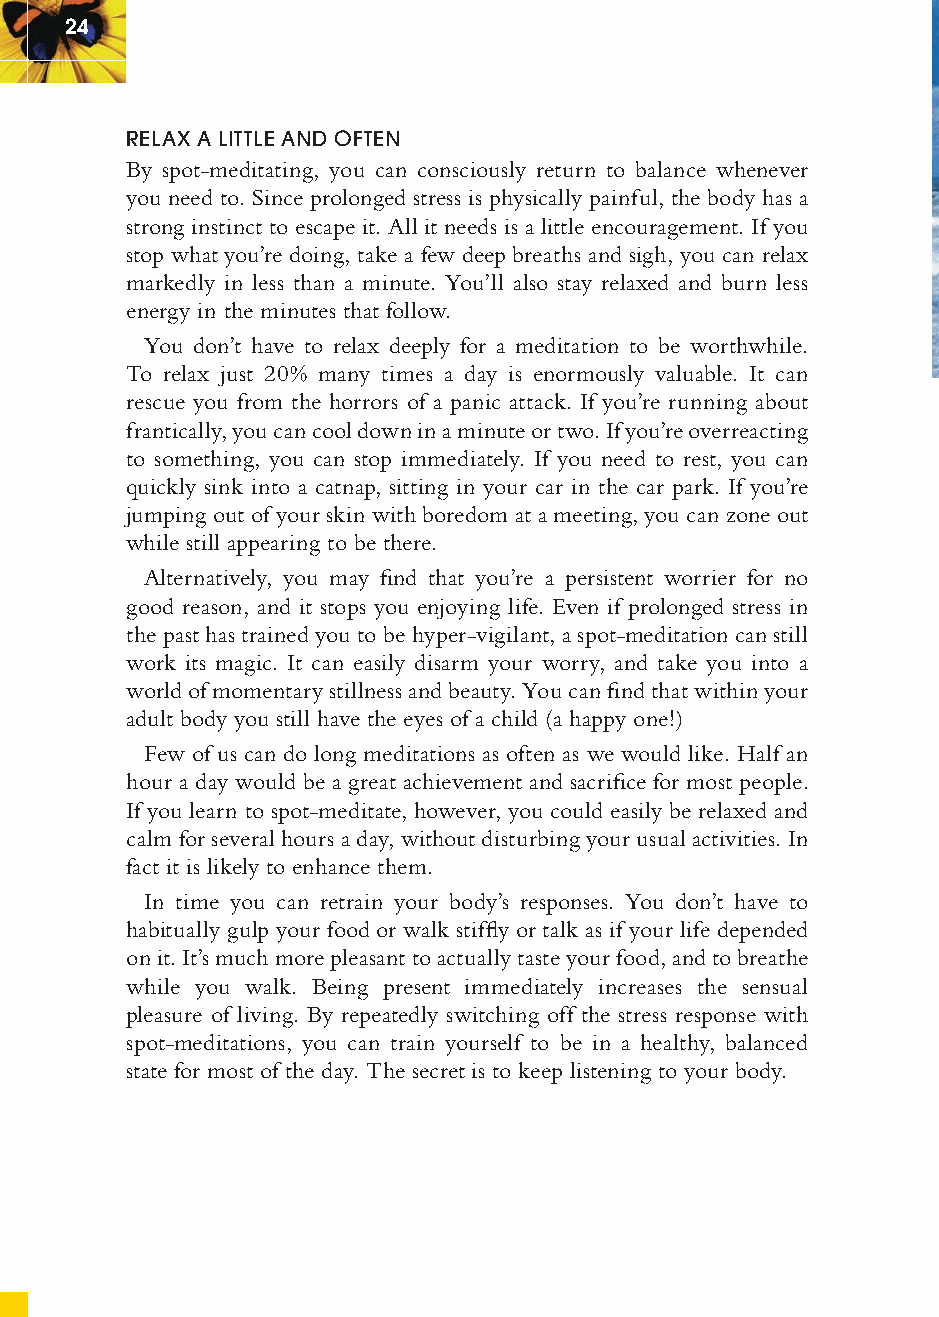
24
 RELAX A LITTLE AND OFTEN
 By spot-meditating, you can consciously return to balance whenever
 you need to. Since prolonged stress is physically painful, the body has a
 strong instinct to escape it. All it needs is a little encouragement. If you
 stop what you’re doing, take a few deep breaths and sigh, you can relax
 markedly in less than a minute. You’ll also stay relaxed and burn less
 energy in the minutes that follow.
 You don’t have to relax deeply for a meditation to be worthwhile.
 To relax just 20% many times a day is enormously valuable. It can
 rescue you from the horrors of a panic attack. If you’re running about
 frantically, you can cool down in a minute or two. If you’re overreacting
 to something, you can stop immediately. If you need to rest, you can
 quickly sink into a catnap, sitting in your car in the car park. If you’re
 jumping out of your skin with boredom at a meeting, you can zone out
 while still appearing to be there.
 Alternatively, you may fi nd that you’re a persistent worrier for no
 good reason, and it stops you enjoying life. Even if prolonged stress in
 the past has trained you to be hyper-vigilant, a spot-meditation can still
 work its magic. It can easily disarm your worry, and take you into a
 world of momentary stillness and beauty. You can fi nd that within your
 adult body you still have the eyes of a child (a happy one!)
 Few of us can do long meditations as often as we would like. Half an
 hour a day would be a great achievement and sacrifi ce for most people.
 If you learn to spot-meditate, however, you could easily be relaxed and
 calm for several hours a day, without disturbing your usual activities. In
 fact it is likely to enhance them.
 In time you can retrain your body’s responses. You don’t have to
 habitually gulp your food or walk stiffl y or talk as if your life depended
 on it. It’s much more pleasant to actually taste your food, and to breathe
 while you walk. Being present immediately increases the sensual
 pleasure of living. By repeatedly switching off the stress response with
 spot-meditations, you can train yourself to be in a healthy, balanced
 state for most of the day. The secret is to keep listening to your body.
 ffiivvee__220000667788..iinndddd SSeecc11::2288     3300//55//0055 55::0033::3322 PPMM